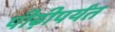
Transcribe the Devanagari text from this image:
पीढ़ीपर्यंत